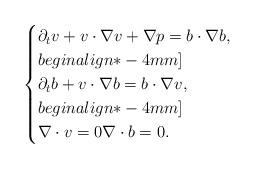
LaTeX: \begin{align*} \begin{cases}\partial_t v+v\cdot\nabla v+\nabla p=b\cdot\nabla b,\\begin{align*}-4mm]\\\partial_t b+v\cdot\nabla b=b\cdot\nabla v,\\begin{align*}-4mm]\\\nabla\cdot v=0\nabla\cdot b=0.\end{cases}\end{align*}